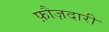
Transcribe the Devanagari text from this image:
फ़ौज़दारी